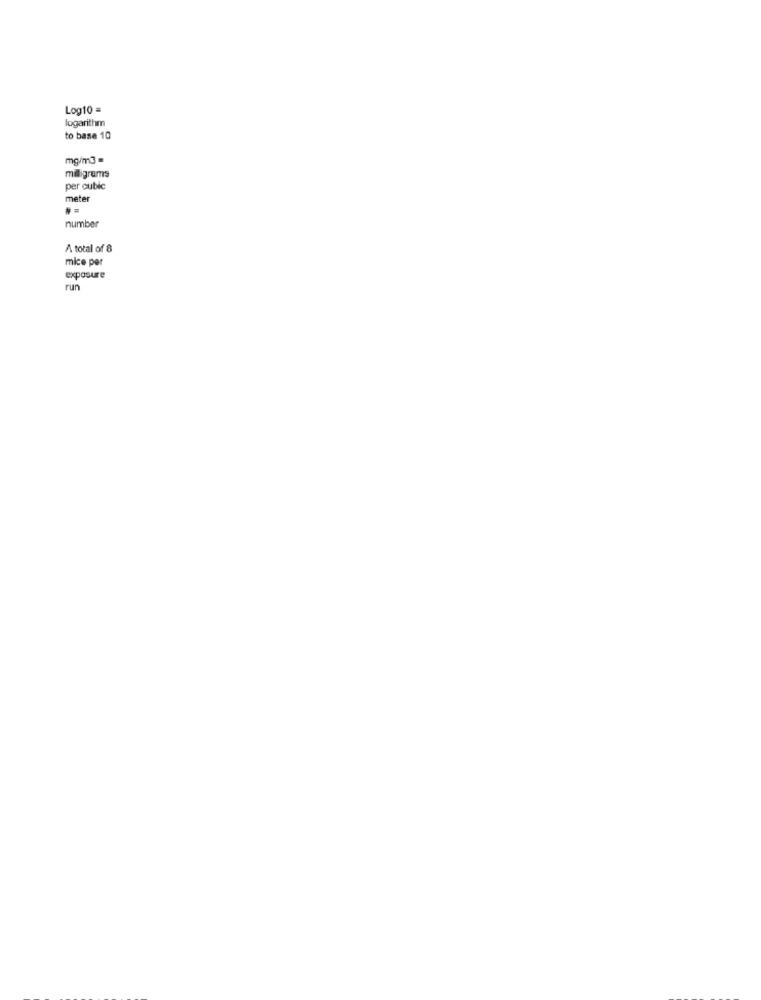
Log10 =
logarithm
to base 10
mg/m3 =
milligrams
per cubic
meter
number
A total of 8
mice per
exposure
run